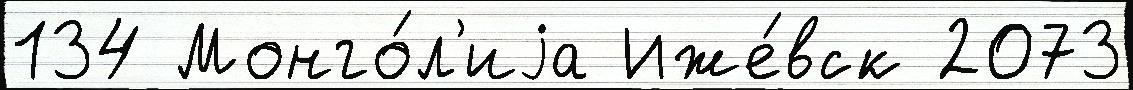
134 Монго́л'иjа Иже́вск 2073